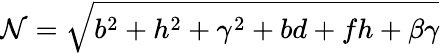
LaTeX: \mathcal{N}=\sqrt{b^{2}+h^{2}+\gamma^{2}+bd+fh+\beta\gamma}